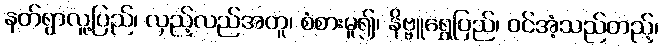
နတ်ရွာလူ့ပြည်၊ လှည့်လည်အတူ၊ စံစားမူ၍၊ နိဗ္ဗူရွှေပြည်၊ ဝင်အံ့သည်တည့်၊